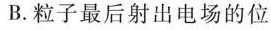
B.粒子最后射出电场的位